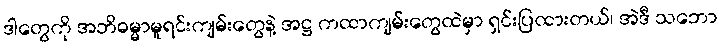
ဒါတွေကို အဘိဓမ္မာမူရင်းကျမ်းတွေနဲ့ အဋ္ဌ ကထာကျမ်းတွေထဲမှာ ရှင်းပြထားတယ်၊ အဲဒီ သဘော